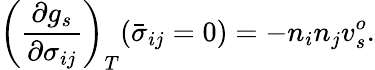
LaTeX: \left(\frac{\partial g_{s}}{\partial\sigma_{ij}}\right)_{T}(\bar{\sigma}_{ij}=0)=-n_{i}n_{j}v_{s}^{o}.